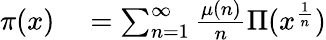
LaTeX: \begin{array}{rl}{\pi(x)}&{{}=\sum_{n=1}^{\infty}{\frac{\mu(n)}{n}}\Pi(x^{\frac{1}{n}})}\end{array}